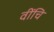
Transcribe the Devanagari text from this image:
वींचि